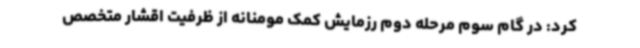
کرد: در گام سوم مرحله دوم رزمایش کمک مومنانه از ظرفیت اقشار متخصص